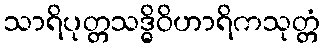
သာရိပုတ္တသဒ္ဓိဝိဟာရိကသုတ္တံ